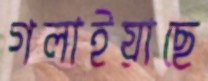
গলাইয়াছে